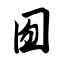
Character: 囫